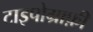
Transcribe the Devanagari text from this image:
टाइपोग्राफ़ी